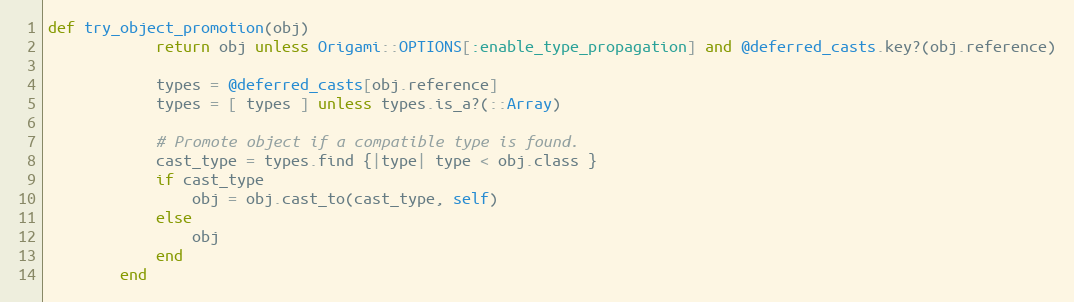
Language: Ruby
def try_object_promotion(obj)
            return obj unless Origami::OPTIONS[:enable_type_propagation] and @deferred_casts.key?(obj.reference)

            types = @deferred_casts[obj.reference]
            types = [ types ] unless types.is_a?(::Array)

            # Promote object if a compatible type is found.
            cast_type = types.find {|type| type < obj.class }
            if cast_type
                obj = obj.cast_to(cast_type, self)
            else
                obj
            end
        end